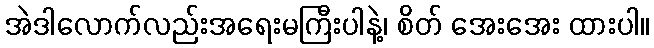
အဲဒါလောက်လည်းအရေးမကြီးပါနဲ့၊ စိတ် အေးအေး ထားပါ။